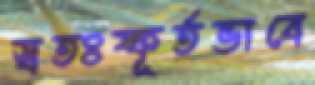
স্বতঃষ্ফূর্তভাবে